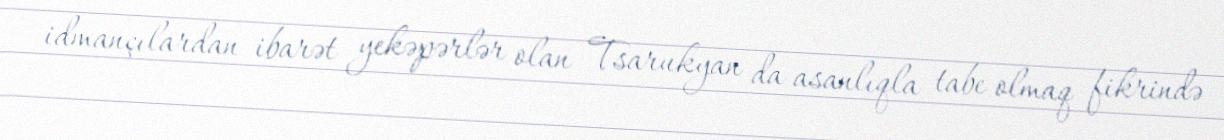
idmançılardan ibarət yekəpərlər olan Tsarukyan da asanlıqla tabe olmaq fikrində